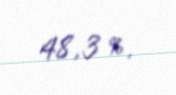
48,3 %.